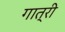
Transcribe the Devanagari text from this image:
गात्री